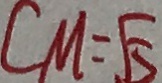
C M = \sqrt { 5 }